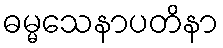
ဓမ္မသေနာပတိနာ